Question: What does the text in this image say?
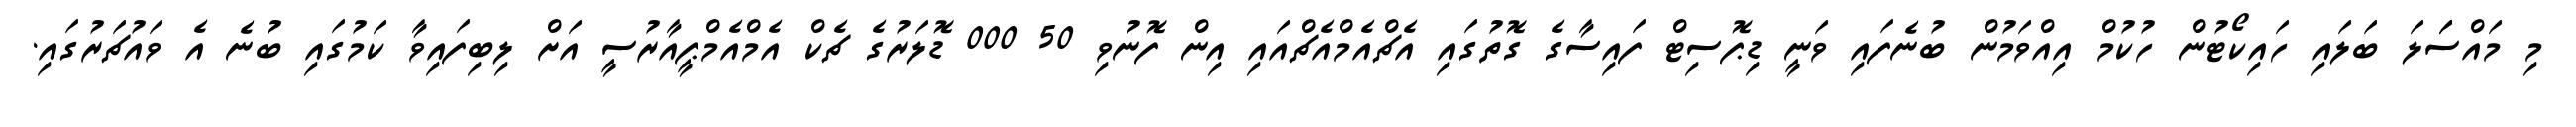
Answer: މި މައްސަަލަ ބަލައި ހައިކޯޓުން ހުކުމް އިއްވަމުން ބުނެފައި ވަނީ ޑިޕޮސިޓް ފައިސާގެ ގޮތުގައި އެޗްއެމްއެޗްއައި އިން ފޮނުވި 50 000 ޑޮލަރުގެ ޗެކް އެމްއެމްޕީއާރުސީ އަށް ލިބިފައިވާ ކަމުގައި ބުނެ އެ ވައުޗަރުގައި.